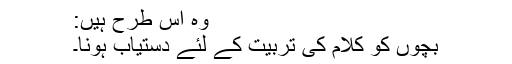
وہ اس طرح ہیں:
بچوں کو کلام کی تربیت کے لئے دستیاب ہونا۔